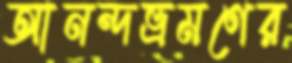
আনন্দভ্রমণের